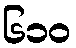
၆၁၀